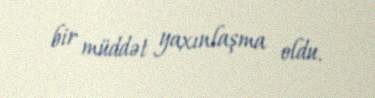
bir müddət yaxınlaşma oldu.